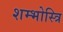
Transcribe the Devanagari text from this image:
शम्भोस्त्रि